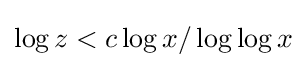
\log z<c\log x/\log \log x